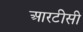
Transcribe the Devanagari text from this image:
आरटीसी